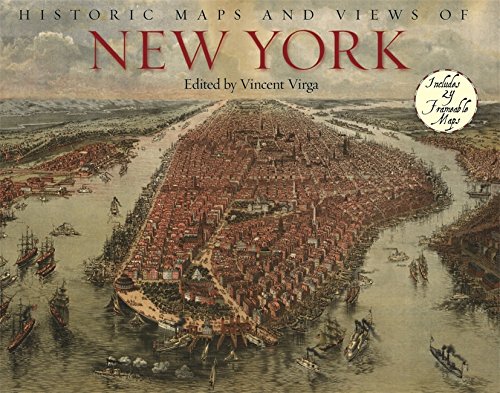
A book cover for Historic Maps and Views of New York; Vincent Virga; History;